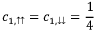
c _ { 1 , \uparrow \uparrow } = c _ { 1 , \downarrow \downarrow } = \frac { 1 } { 4 }